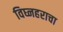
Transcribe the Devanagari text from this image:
विघ्नहराचा